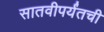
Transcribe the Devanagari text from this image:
सातवीपर्यंतची